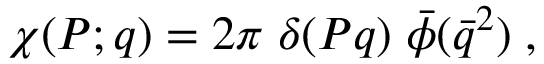
\chi ( P ; q ) = 2 \pi \; \delta ( P q ) \; \bar { \phi } ( \bar { q } ^ { 2 } ) \; ,